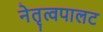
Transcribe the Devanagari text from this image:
नेतृत्वपालट